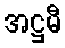
အဋ္ဌမီ